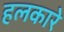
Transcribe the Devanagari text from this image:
हलकारे